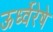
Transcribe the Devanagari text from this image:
ऊर्ध्वेरेषे